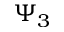
\Psi _ { 3 }